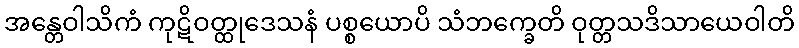
အန္တေဝါသိကံ ကုဋိဝတ္ထုဒေသနံ ပစ္စယောပိ သံဘက္ခေတိ ဝုတ္တသဒိသာယေဝါတိ